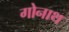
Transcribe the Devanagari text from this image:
गोनाथ